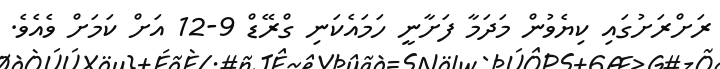
ރަށްރަށުގައި ކިޔެވުން މަދަމާ ފަށާނީ ހަމައެކަނި ގްރޭޑް 9-12 އަށް ކަމަށް ވެއެވެ.